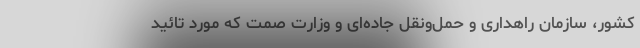
کشور، سازمان راهداری و حمل‌ونقل جاده‌ای و وزارت صمت که مورد تائید